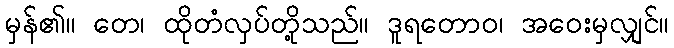
မှန်၏။ တေ၊ ထိုတံလှပ်တို့သည်။ ဒူရတောဝ၊ အဝေးမှလျှင်။